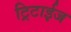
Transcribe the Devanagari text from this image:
ट्रिटाईज